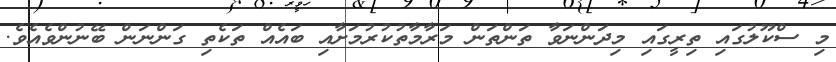
މި ސްކޫލުގައި ތިރީގައި މިދަންނަވާ ތަންތަން މަރާމާތުކުރުމަށާއި ބައެއް ތަކެތި ގަންނަން ބޭނުންވެއެވެ.